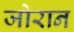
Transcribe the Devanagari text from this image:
जोरान